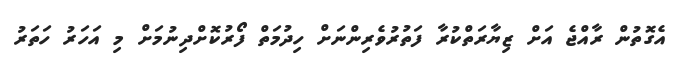
އެގޮތުން ރާއްޖެ އަށް ޒިޔާރަތްކުރާ ފަތުރުވެރިންނަށް ހިދުމަތް ފޯރުކޮށްދިނުމަށް މި އަހަރު ހަތަރު